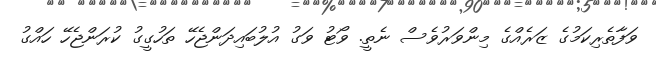
ވަފާތެރިކަމުގެ ޒަރެއްގެ މިންވަރުވެސް ނެތީ. ވޯޓު ވަގު އުލުބައިދަންޖެހޭ ތަހުގީގު ކުރަންޖެހޭ ހައްގު